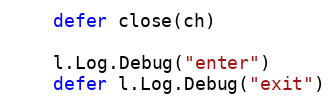
Language: Go
	defer close(ch)

	l.Log.Debug("enter")
	defer l.Log.Debug("exit")